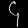
Digit: ၄